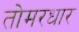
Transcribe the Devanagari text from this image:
तोमरधार